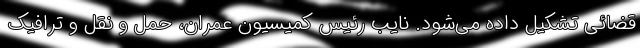
قضائی تشکیل داده می‌شود. نایب رئیس کمیسیون عمران، حمل و نقل و ترافیک